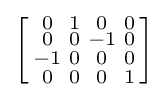
\left[{\begin{smallmatrix}0&1&0&0\\0&0&-1&0\\-1&0&0&0\\0&0&0&1\\\end{smallmatrix}}\right]